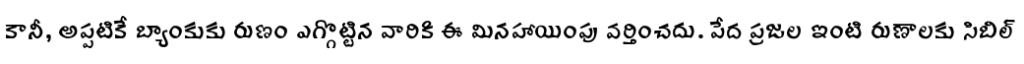
కానీ, అప్పటికే బ్యాంకుకు రుణం ఎగ్గొట్టిన వారికి ఈ మినహాయింపు వర్తించదు. పేద ప్రజల ఇంటి రుణాలకు సిబిల్